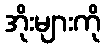
အိုးများကို